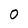
Character: 0